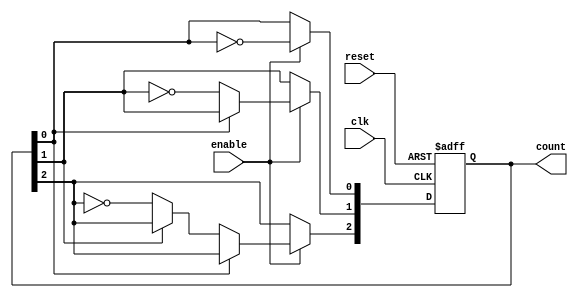
module async_ripple_counter (
    input wire clk,        // Clock signal
    input wire reset,      // Asynchronous reset
    input wire enable,     // Enable signal
    output reg [n-1:0] count // n-bit counter output
);
    parameter n = 3; // You can change this to any desired bit width

    always @(posedge clk or posedge reset) begin
        if (reset) begin
            count <= 0; // Reset the counter to 0
        end else if (enable) begin
            count[0] <= ~count[0]; // Toggle the least significant bit
            if (count[0] == 1'b0) begin // If LSB toggled from 1 to 0
                count[1] <= ~count[1]; // Toggle the next bit
                if (count[1] == 1'b0) begin // If second bit toggled from 1 to 0
                    count[2] <= ~count[2]; // Toggle the next bit (and so on for more bits)
                    // Add more bits here for larger counters
                end
            end
        end
    end
endmodule